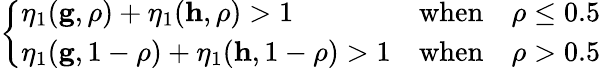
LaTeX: \begin{array}{r}{\left\{ \begin{array}{ll}{\eta_{1}(\mathbf{g},\rho)+\eta_{1}(\mathbf{h},\rho)>1}&{\mathrm{when}\quad\rho\leq 0.5}\\ {\eta_{1}(\mathbf{g},1-\rho)+\eta_{1}(\mathbf{h},1-\rho)>1}&{\mathrm{when}\quad\rho>0.5}\end{array}\right.}\end{array}